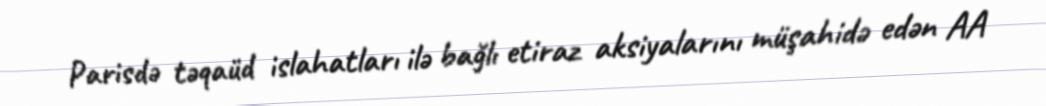
Parisdə təqaüd islahatları ilə bağlı etiraz aksiyalarını müşahidə edən AA